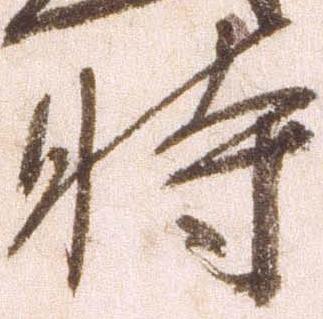
時